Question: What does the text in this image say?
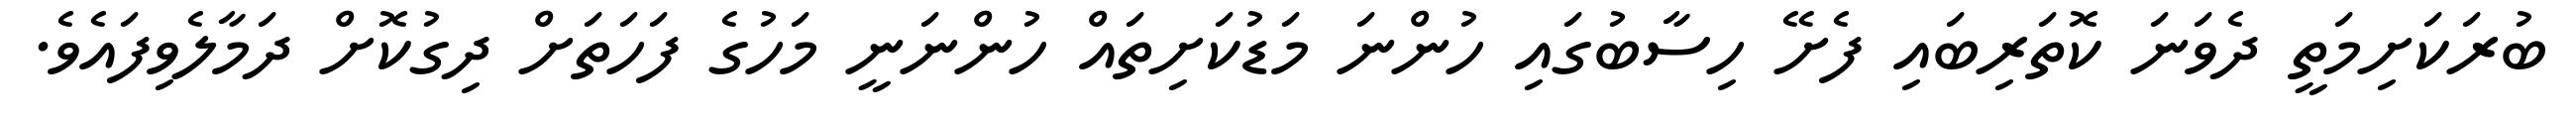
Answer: ބުރަކަށިމަތީ ދެވަނަ ކޮތަރިބައި ފެށޭ ހިސާބުގައި ހުންނަ މަޑުކަށިތައް ހުންނަނީ މަހުގެ ފަހަތަށް ދިގުކޮށް ދަމާލެވިފައެވެ.